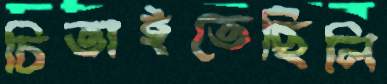
চিতাইতেছিলি